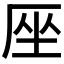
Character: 𠩜